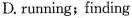
D. running;finding